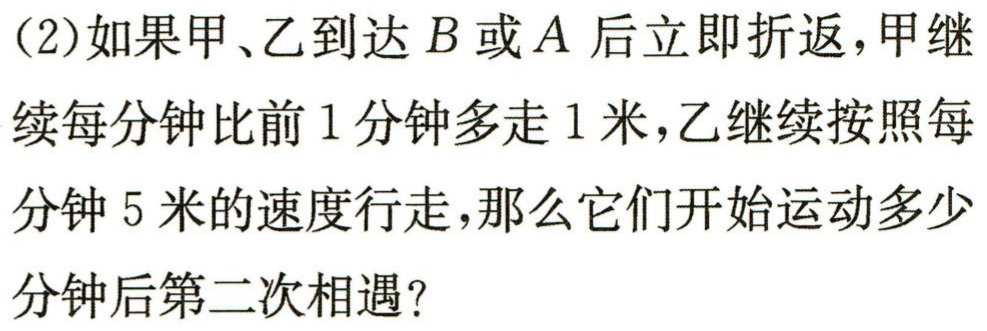
(2)如果甲、乙到达$B$或$A$后立即折返，甲继续每分钟比前$1$分钟多走$1$米，乙继续按照每分钟$5$米的速度行走，那么它们开始运动多少分钟后第二次相遇？